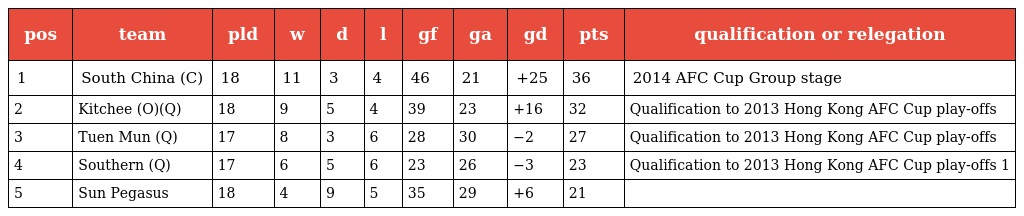
| pos | team | pld | w | d | l | gf | ga | gd | pts | qualification or relegation |
 | --- | --- | --- | --- | --- | --- | --- | --- | --- | --- | --- |
 | 1 | South China (C) | 18 | 11 | 3 | 4 | 46 | 21 | +25 | 36 | 2014 AFC Cup Group stage |
 | 2 | Kitchee (O)(Q) | 18 | 9 | 5 | 4 | 39 | 23 | +16 | 32 | Qualification to 2013 Hong Kong AFC Cup play-offs |
 | 3 | Tuen Mun (Q) | 17 | 8 | 3 | 6 | 28 | 30 | −2 | 27 | Qualification to 2013 Hong Kong AFC Cup play-offs |
 | 4 | Southern (Q) | 17 | 6 | 5 | 6 | 23 | 26 | −3 | 23 | Qualification to 2013 Hong Kong AFC Cup play-offs 1 |
 | 5 | Sun Pegasus | 18 | 4 | 9 | 5 | 35 | 29 | +6 | 21 |  |